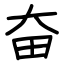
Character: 奋